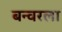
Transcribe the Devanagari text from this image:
बन्वरला